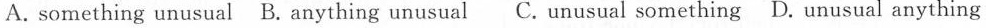
A. something unusual B. Anything unusual C. Unusual something D. Unusual anything